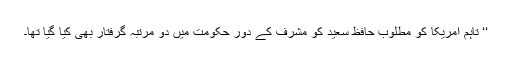
‘‘ تاہم امریکا کو مطلوب حافظ سعید کو مشرف کے دورِ حکومت میں دو مرتبہ گرفتار بھی کیا گیا تھا۔